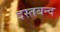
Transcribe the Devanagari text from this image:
दस्तबन्द